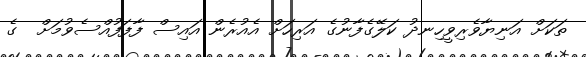
ތަކަށް އަނިޔާވެރިވީހިނދު ކަލޭގެފާނުގެ އަރިހަށް އެއުރެން އައިސް ފާފަފުއްސެވުމަށް  ގެ